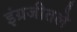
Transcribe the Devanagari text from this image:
इंग्रजीतले